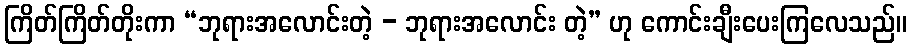
ကြိတ်ကြိတ်တိုးကာ “ဘုရားအလောင်းတဲ့ - ဘုရားအလောင်း တဲ့” ဟု ကောင်းချီးပေးကြလေသည်။